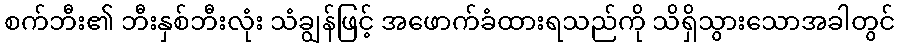
စက်ဘီး၏ ဘီးနှစ်ဘီးလုံး သံချွန်ဖြင့် အဖောက်ခံထားရသည်ကို သိရှိသွားသောအခါတွင်